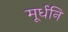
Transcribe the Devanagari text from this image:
मूर्धनि